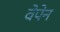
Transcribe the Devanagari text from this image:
वेपेन